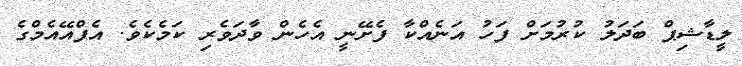
ލީޑާޝިޕް ބަދަލު ކުރުމަށް ފަހު އަނެއްކާ ފެށޭނީ އެހެން ވާދަވެރި ކަމެކެވެ. އެފްއޭއެމްގެ